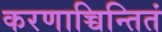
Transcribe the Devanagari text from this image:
करणाच्चिन्तितं